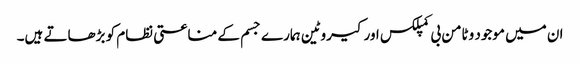
ان میں موجود وٹامن بی کمپلکس اورکیروٹین ہمارے جسم کے مناعتی نظام کو بڑھاتے ہیں۔